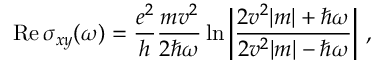
\mathrm { R e } \, \sigma _ { x y } ( \omega ) = \frac { e ^ { 2 } } { h } \frac { m v ^ { 2 } } { 2 \hbar \omega } \ln \bigg | \frac { 2 v ^ { 2 } | m | + \hbar \omega } { 2 v ^ { 2 } | m | - \hbar \omega } \bigg | \ ,